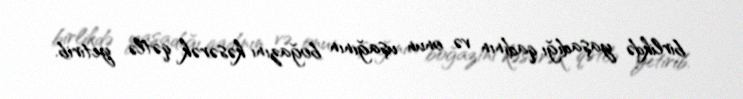
birlikdə yaşadığı qadının və onun uşağının boğazını kəsərək qətlə yetirib.